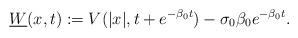
LaTeX: \begin{align*}\underline W(x, t):=V(|x|, t+e^{-\beta_0 t})-\sigma_0 \beta_0 e^{-\beta_0 t}.\end{align*}